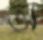
অ